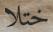
ختلا